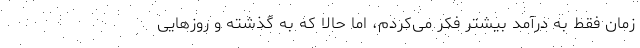
زمان فقط به درآمد بیشتر فکر می‌کردم، اما حالا که به گذشته و روزهایی